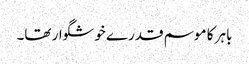
باہر کا موسم قدرے خوشگوار تھا۔